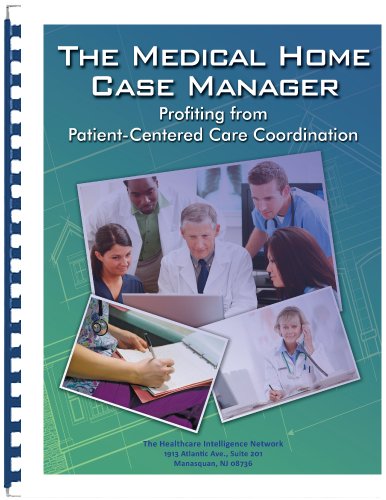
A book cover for The Medical Home Case Manager: Profiting from Patient-Centered Care Coordination; Diane Littlewood RN; Medical Books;